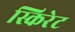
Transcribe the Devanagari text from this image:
स्किरेट